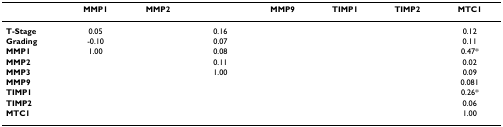
<table><thead><tr><td>[EMPTY_CELL]</td><td><b>MMP1</b></td><td><b>MMP2</b></td><td>[EMPTY_CELL]</td><td><b>MMP9</b></td><td><b>TIMP1</b></td><td><b>TIMP2</b></td><td><b>MTC1</b></td></tr></thead><tbody><tr><td><b>T-Stage</b></td><td>0.05</td><td>[EMPTY_CELL]</td><td>0.16</td><td>[EMPTY_CELL]</td><td>[EMPTY_CELL]</td><td>[EMPTY_CELL]</td><td>0.12</td></tr><tr><td><b>Grading</b></td><td>-0.10</td><td>[EMPTY_CELL]</td><td>0.07</td><td>[EMPTY_CELL]</td><td>[EMPTY_CELL]</td><td>[EMPTY_CELL]</td><td>0.11</td></tr><tr><td><b>MMP1</b></td><td>1.00</td><td>[EMPTY_CELL]</td><td>0.08</td><td>[EMPTY_CELL]</td><td>[EMPTY_CELL]</td><td>[EMPTY_CELL]</td><td>0.47*</td></tr><tr><td><b>MMP2</b></td><td>[EMPTY_CELL]</td><td>[EMPTY_CELL]</td><td>0.11</td><td>[EMPTY_CELL]</td><td>[EMPTY_CELL]</td><td>[EMPTY_CELL]</td><td>0.02</td></tr><tr><td><b>MMP3</b></td><td>[EMPTY_CELL]</td><td>[EMPTY_CELL]</td><td>1.00</td><td>[EMPTY_CELL]</td><td>[EMPTY_CELL]</td><td>[EMPTY_CELL]</td><td>0.09</td></tr><tr><td><b>MMP9</b></td><td>[EMPTY_CELL]</td><td>[EMPTY_CELL]</td><td>[EMPTY_CELL]</td><td>[EMPTY_CELL]</td><td>[EMPTY_CELL]</td><td>[EMPTY_CELL]</td><td>0.081</td></tr><tr><td><b>TIMP1</b></td><td>[EMPTY_CELL]</td><td>[EMPTY_CELL]</td><td>[EMPTY_CELL]</td><td>[EMPTY_CELL]</td><td>[EMPTY_CELL]</td><td>[EMPTY_CELL]</td><td>0.26*</td></tr><tr><td><b>TIMP2</b></td><td>[EMPTY_CELL]</td><td>[EMPTY_CELL]</td><td>[EMPTY_CELL]</td><td>[EMPTY_CELL]</td><td>[EMPTY_CELL]</td><td>[EMPTY_CELL]</td><td>0.06</td></tr><tr><td><b>MTC1</b></td><td>[EMPTY_CELL]</td><td>[EMPTY_CELL]</td><td>[EMPTY_CELL]</td><td>[EMPTY_CELL]</td><td>[EMPTY_CELL]</td><td>[EMPTY_CELL]</td><td>1.00</td></tr></tbody></table>